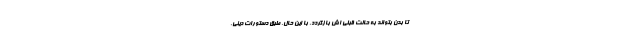
تا بدن بتواند به حالت قبلی اش بازگردد. با این حال، طبق دستورات دینی،